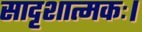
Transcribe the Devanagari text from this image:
सादृशात्मकः।